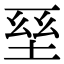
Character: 𡌥